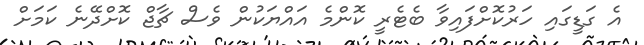
އެ ގަޑީގައި ހަރުކޮށްފައިވާ ބެޓެރީ ކޮންމެ އައްޔަކުން ވެސް ޗާޖް ކޮށްދޭނެ ކަމަށް